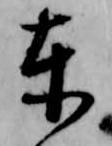
東